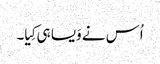
اُس نے وَیسا ہی کِیا۔